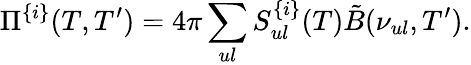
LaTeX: \Pi^{\{ i\} }(T,T^{\prime})=4\pi\sum_{ul}S_{ul}^{\{ i\} }(T)\tilde{B}(\nu_{ul},T^{\prime}).